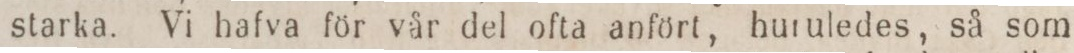
starka. Vi hafva för vår del ofta anfört, huruledes, så som